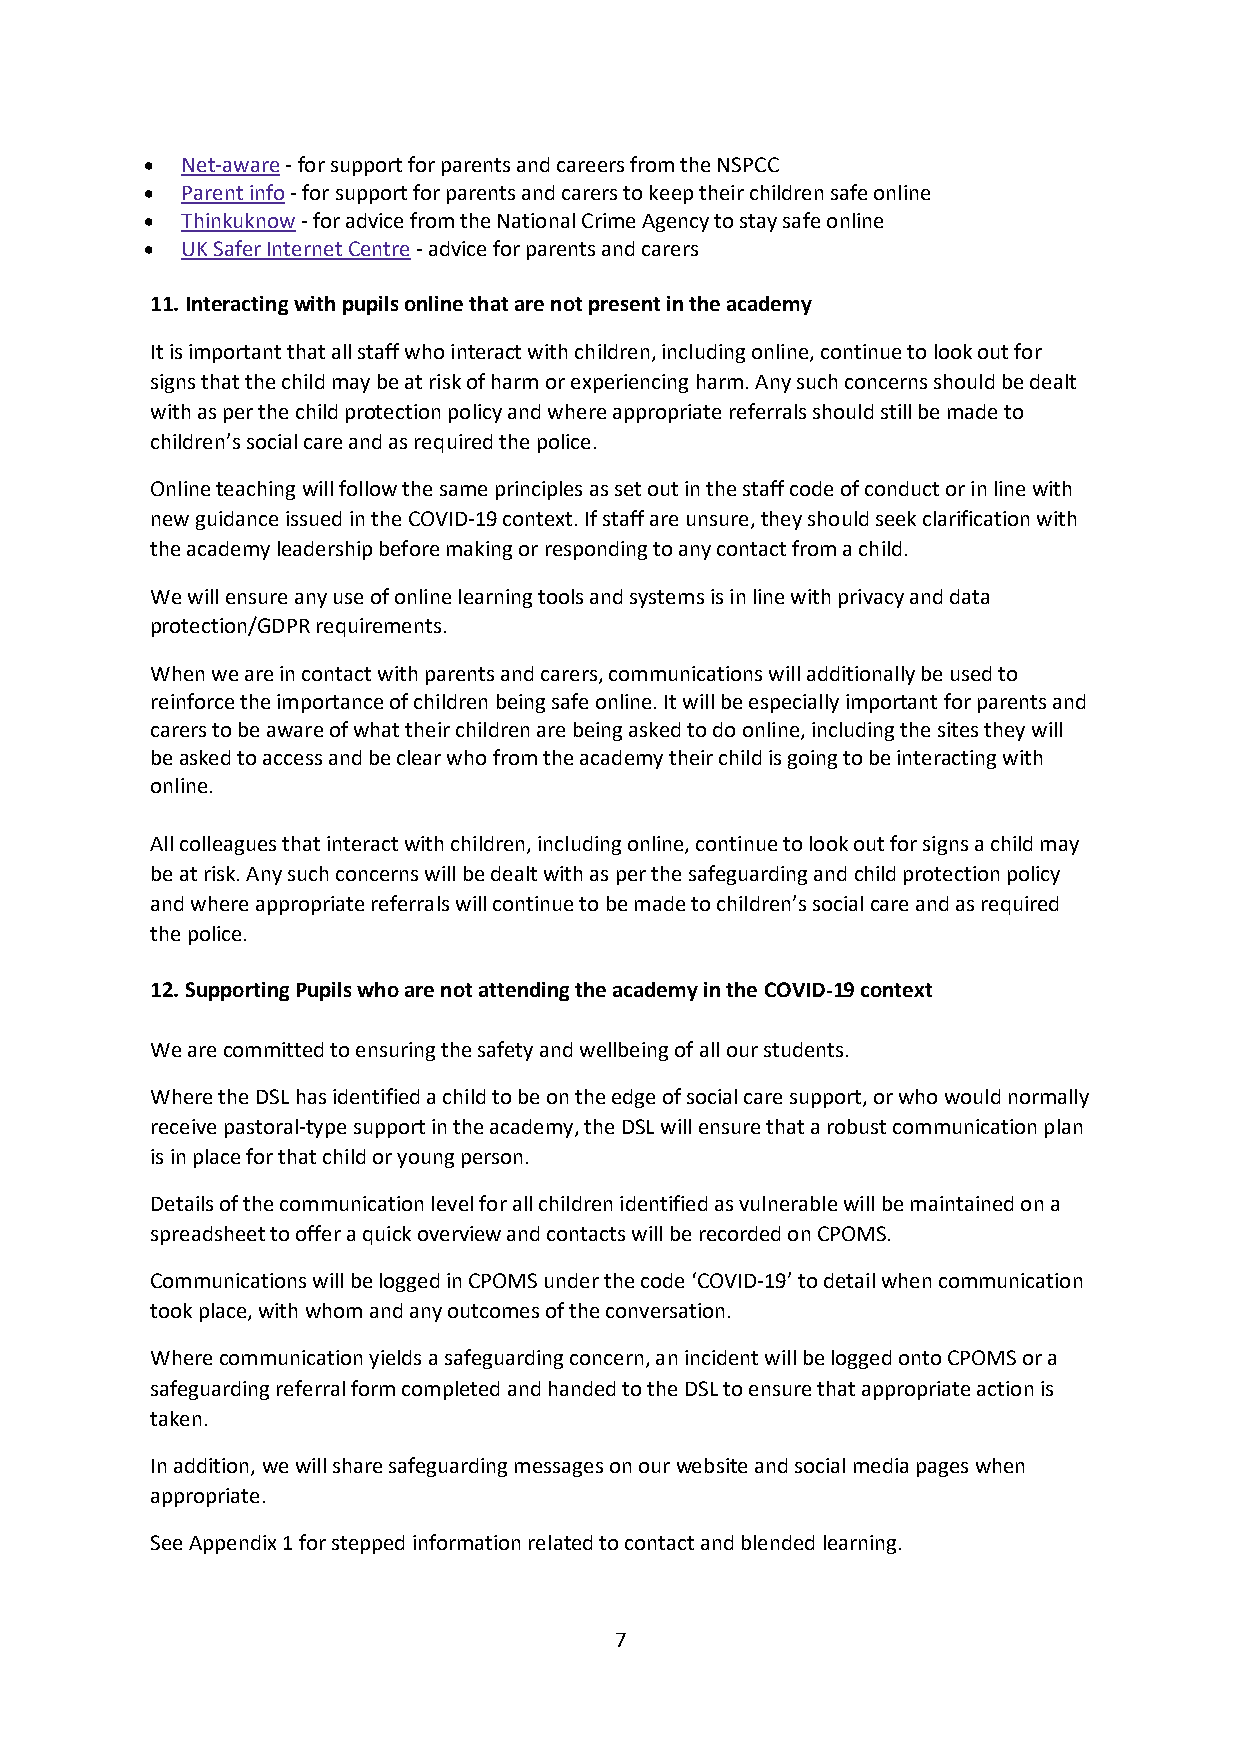
 Net-aware - for support for parents and careers from the NSPCC
  Parent info - for support for parents and carers to keep their children safe online
  Thinkuknow - for advice from the National Crime Agency to stay safe online
  UK Safer Internet Centre - advice for parents and carers
 11. Interacting with pupils online that are not present in the academy
 It is important that all staff who interact with children, including online, continue to look out for
 signs that the child may be at risk of harm or experiencing harm. Any such concerns should be dealt
 with as per the child protection policy and where appropriate referrals should still be made to
 children’s social care and as required the police.
 Online teaching will follow the same principles as set out in the staff code of conduct or in line with
 new guidance issued in the COVID-19 context. If staff are unsure, they should seek clarification with
 the academy leadership before making or responding to any contact from a child.
 We will ensure any use of online learning tools and systems is in line with privacy and data
 protection/GDPR requirements.
 When we are in contact with parents and carers, communications will additionally be used to
 reinforce the importance of children being safe online. It will be especially important for parents and
 carers to be aware of what their children are being asked to do online, including the sites they will
 be asked to access and be clear who from the academy their child is going to be interacting with
 online.
 All colleagues that interact with children, including online, continue to look out for signs a child may
 be at risk. Any such concerns will be dealt with as per the safeguarding and child protection policy
 and where appropriate referrals will continue to be made to children’s social care and as required
 the police.
 12. Supporting Pupils who are not attending the academy in the COVID-19 context
 We are committed to ensuring the safety and wellbeing of all our students.
 Where the DSL has identified a child to be on the edge of social care support, or who would normally
 receive pastoral-type support in the academy, the DSL will ensure that a robust communication plan
 is in place for that child or young person.
 Details of the communication level for all children identified as vulnerable will be maintained on a
 spreadsheet to offer a quick overview and contacts will be recorded on CPOMS.
 Communications will be logged in CPOMS under the code ‘COVID-19’ to detail when communication
 took place, with whom and any outcomes of the conversation.
 Where communication yields a safeguarding concern, an incident will be logged onto CPOMS or a
 safeguarding referral form completed and handed to the DSL to ensure that appropriate action is
 taken.
 In addition, we will share safeguarding messages on our website and social media pages when
 appropriate.
 See Appendix 1 for stepped information related to contact and blended learning.
 7